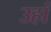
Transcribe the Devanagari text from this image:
उहां